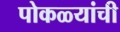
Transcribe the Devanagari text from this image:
पोकळ्यांची